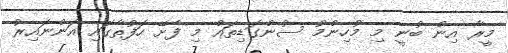
މީރާ އިން ބުނީ މި މުހިންމު ސުންގަޑިތައް މި ފެށޭ ހަފުތާގައި އަންނައިރު